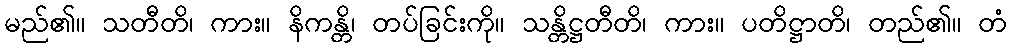
မည်၏။ သတီတိ၊ ကား။ နိကန္တိ၊ တပ်ခြင်းကို။ သန္တိဋ္ဌတီတိ၊ ကား။ ပတိဋ္ဌာတိ၊ တည်၏။ တံ